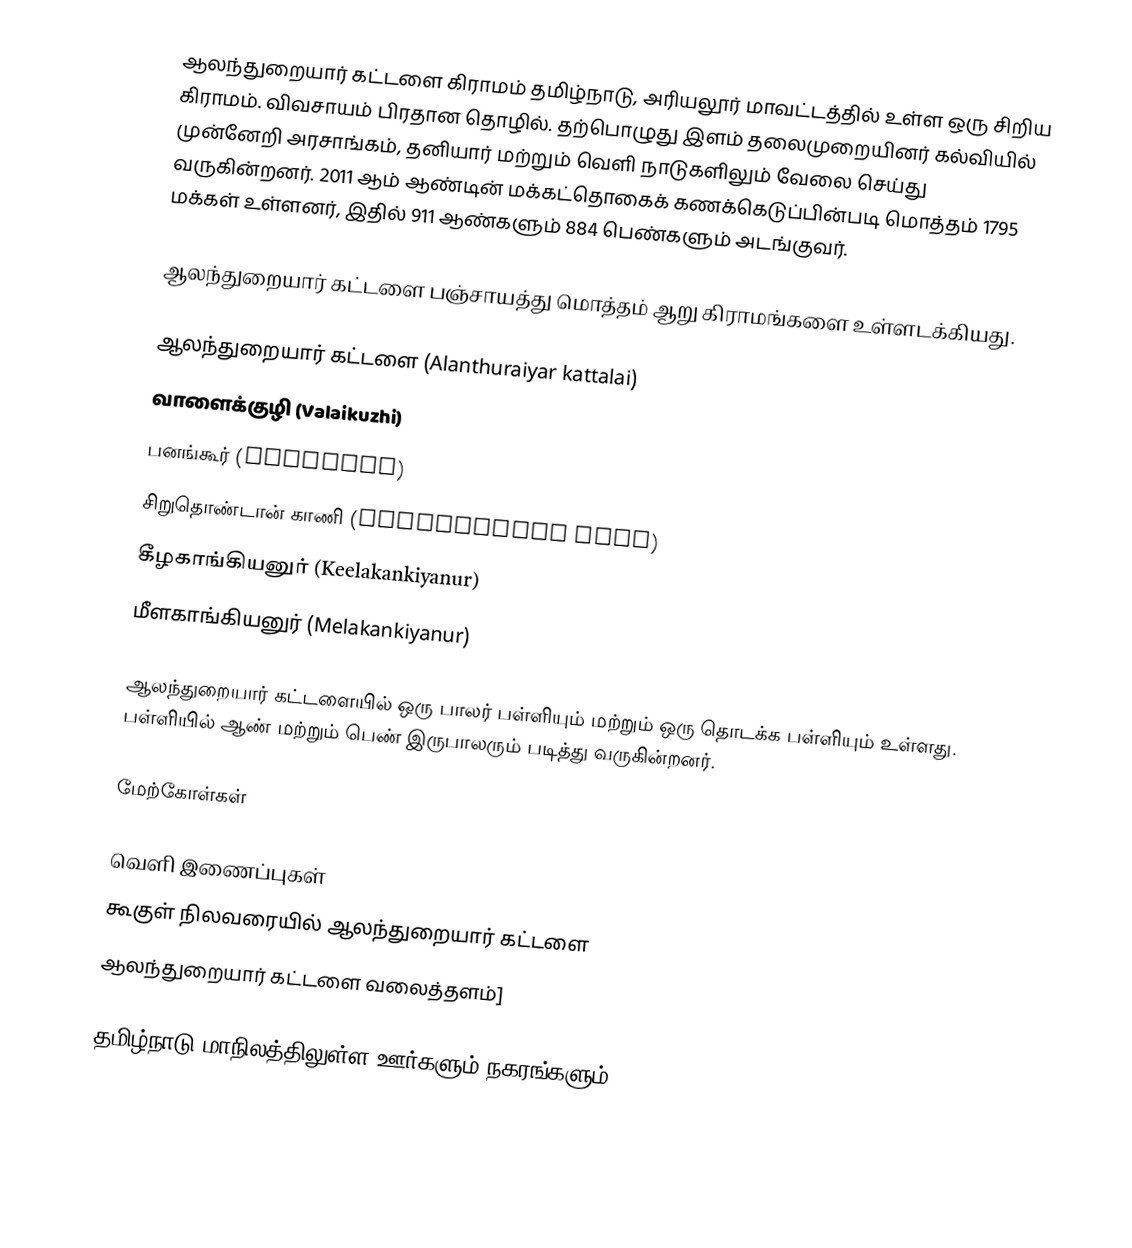
ஆலந்துறையார் கட்டளை கிராமம் தமிழ்நாடு, அரியலூர் மாவட்டத்தில் உள்ள ஒரு சிறிய கிராமம். விவசாயம் பிரதான தொழில். தற்பொழுது இளம் தலைமுறையினர் கல்வியில் முன்னேறி அரசாங்கம், தனியார் மற்றும் வெளி நாடுகளிலும் வேலை செய்து வருகின்றனர். 2011 ஆம் ஆண்டின் மக்கட்தொகைக் கணக்கெடுப்பின்படி மொத்தம் 1795 மக்கள் உள்ளனர், இதில் 911 ஆண்களும் 884 பெண்களும் அடங்குவர்.

ஆலந்துறையார் கட்டளை பஞ்சாயத்து மொத்தம் ஆறு கிராமங்களை உள்ளடக்கியது.

 ஆலந்துறையார் கட்டளை (Alanthuraiyar kattalai)
 வாளைக்குழி (Valaikuzhi)
 பனங்கூர் (Panangur)
 சிறுதொண்டான் காணி (Siruthondan Kani)
 கீழகாங்கியனுர் (Keelakankiyanur)
 மீளகாங்கியனுர் (Melakankiyanur)

ஆலந்துறையார் கட்டளையில் ஒரு பாலர் பள்ளியும் மற்றும் ஒரு தொடக்க பள்ளியும் உள்ளது. பள்ளியில் ஆண் மற்றும் பெண் இருபாலரும் படித்து வருகின்றனர்.

மேற்கோள்கள்

வெளி இணைப்புகள்
கூகுள் நிலவரையில் ஆலந்துறையார் கட்டளை
ஆலந்துறையார் கட்டளை வலைத்தளம்]

தமிழ்நாடு மாநிலத்திலுள்ள ஊர்களும் நகரங்களும்